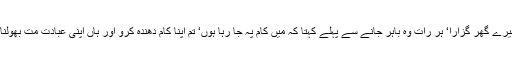
اس نے تقریباً ایک مہینہ میرے گھر گزارا‘ ہر رات وہ باہر جانے سے پہلے کہتا کہ میں کام پہ جا رہا ہوں‘ تم اپنا کام دھندہ کرو اور ہاں اپنی عبادت مت بھولنا‘ پھر مزے سے نکل جاتا۔